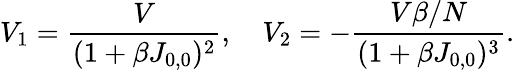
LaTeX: V_{1}=\frac{V}{(1+\beta J_{0,0})^{2}},\quad V_{2}=-\frac{V\beta/N}{(1+\beta J_{0,0})^{3}}.